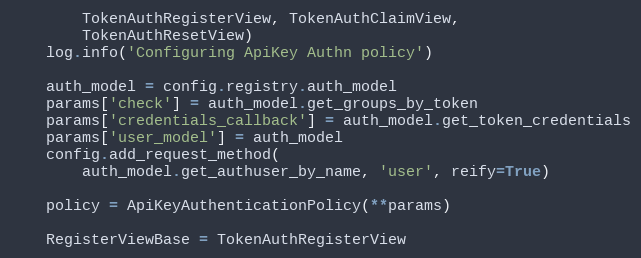
Language: Python
        TokenAuthRegisterView, TokenAuthClaimView,
        TokenAuthResetView)
    log.info('Configuring ApiKey Authn policy')

    auth_model = config.registry.auth_model
    params['check'] = auth_model.get_groups_by_token
    params['credentials_callback'] = auth_model.get_token_credentials
    params['user_model'] = auth_model
    config.add_request_method(
        auth_model.get_authuser_by_name, 'user', reify=True)

    policy = ApiKeyAuthenticationPolicy(**params)

    RegisterViewBase = TokenAuthRegisterView